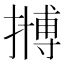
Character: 𱠲